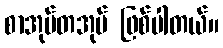
စာအုပ်တအုပ် ဖြစ်ပါတယ်။